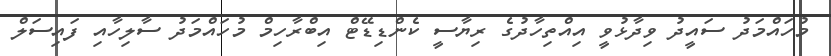
މުހައްމަދު ސައީދު ވިދާޅުވީ އިއްތިހާދުގެ ރިޔާސީ ކެންޑިޑޭޓް އިބްރާހިމް މުހައްމަދު ސާލިހާއި ފައިސަލް